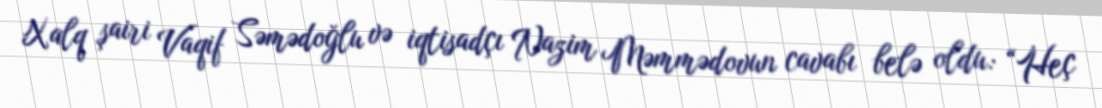
Xalq şairi Vaqif Səmədoğlu və iqtisadçı Nazim Məmmədovun cavabı belə oldu: “Heç